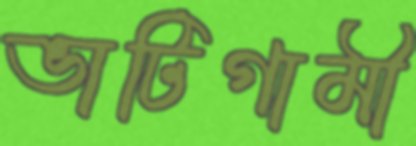
ভাটিগামী